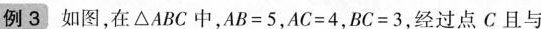
例3 如图，在△ABC中，$$A B = 5$$，$$A C = 4$$，$$B C = 3$$，经过点C且与